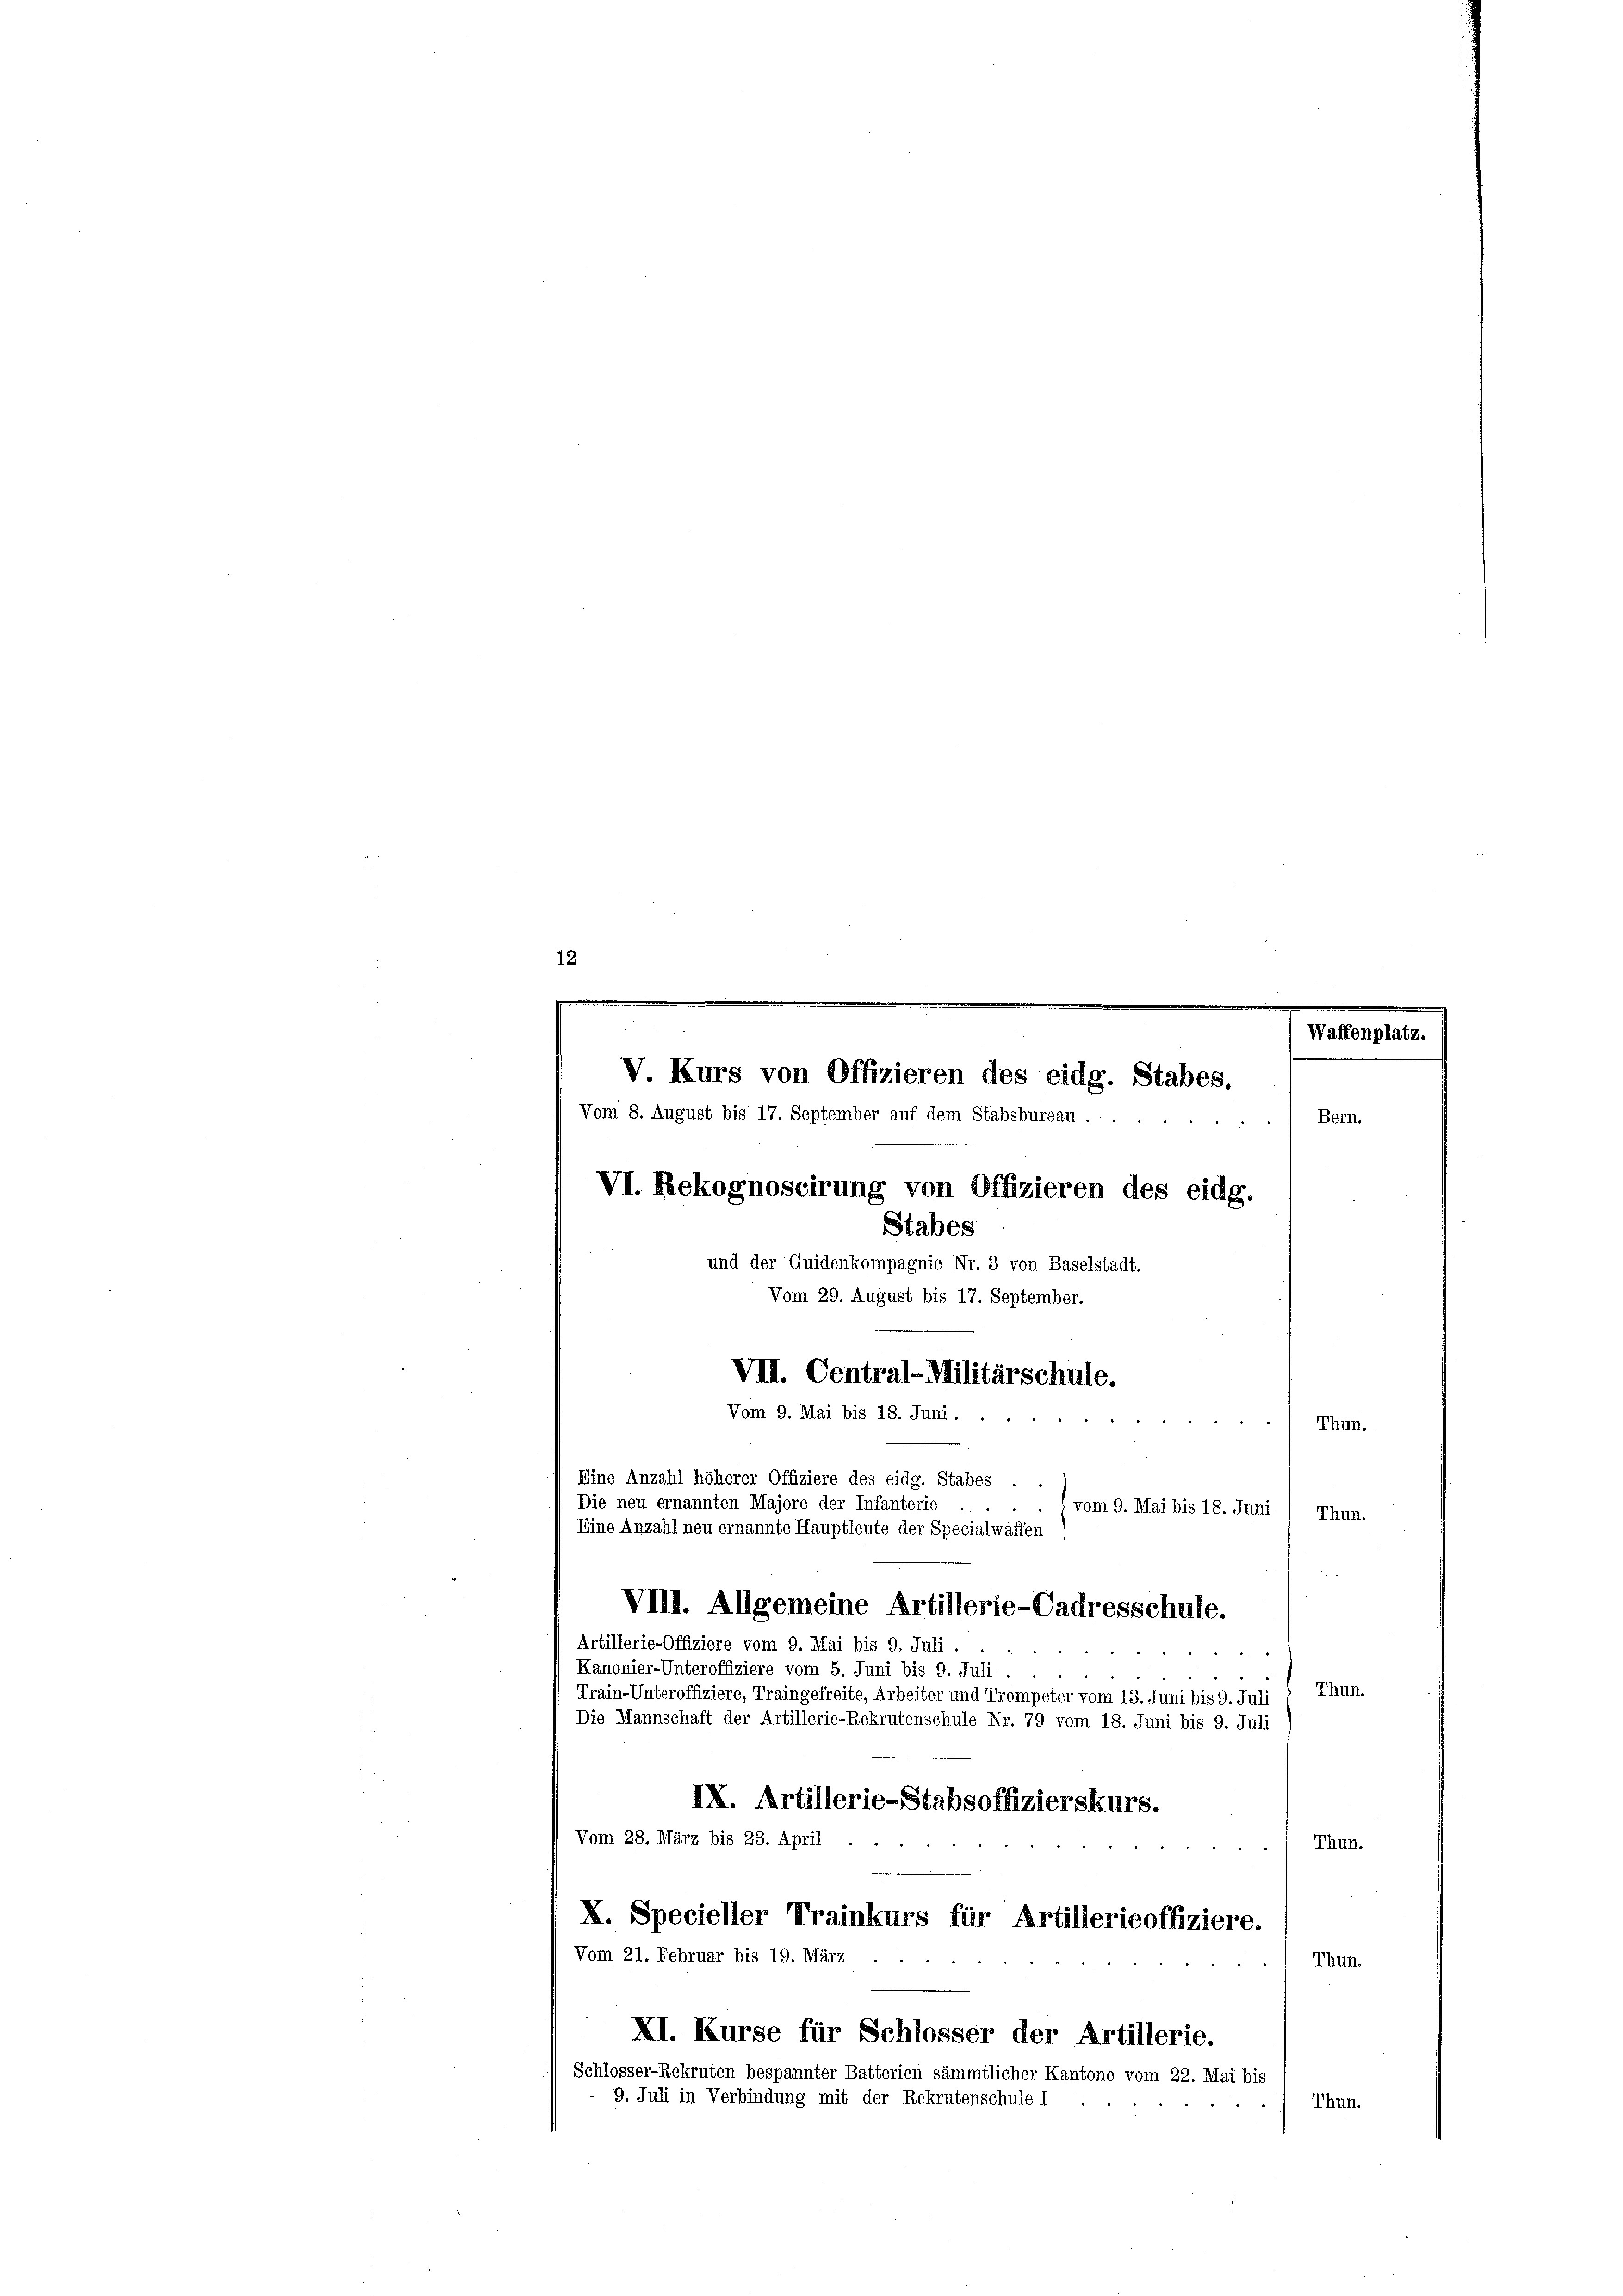
12
.
Waffenplatz.
V Kurs von Offizieren des eidg. Stabes.
Vom 8. August bis 17. September auf dem Stabsbureau .
Bern.
VI. Rekognoscirung von Offizieren des eidg.
Stabes
und der Guidenkompagnie Nr. 3 von Baselstadt.
Vom 29. August bis 17. September.
VIII. Central-Militärschule.
Vom 9. Mai bis 18. Juni . .
Thun.
Eine Anzahl höherer Offiziere des eidg. Stabes
Die neu ernannten Majore der Infanterie -
vom 9. Mai bis 18. Juni / Thun.
Eine Anzahl neu ernannte Hauptleute der Specialwaffen
VIII. Allgemeine Artillerie-Cadresschule.
Artillerie-Offiziere vom 9. Mai bis 9. Juli.

Kanonier-Unteroffiziere vom 5. Juni bis 9. Juli
Thun.
Train-Unteroffiziere, Traingefreite, Arbeiter und Trompeter vom 13. Juni bis 9. Juli
Die Mannschaft der Artillerie-Rekrutenschule Nr. 79 vom 18. Juni bis 9. Juli
IX. Artillerie-Stabsoffizierskurs.
Vom 28. März bis 23. April
Thun.
X. Specieller Trainkurs für Artillerieoffiziere.
Vom 21. Februar bis 19. März
Thun.
XI. Kurse für Schlosser der Artillerie.
Schlosser-Rekruten bespannter Batterien sämmtlicher Kantone vom 22. Mai bis
9. Juli in Verbindung mit der Rekrutenschule I
Thun.